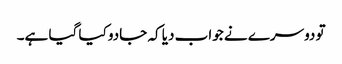
تو دوسرے نے جواب دیا کہ جادو کیا گیا ہے۔